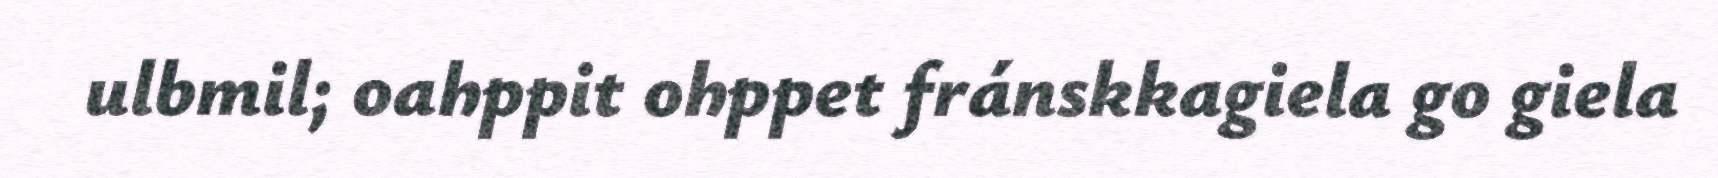
ulbmil; oahppit ohppet fránskkagiela go giela